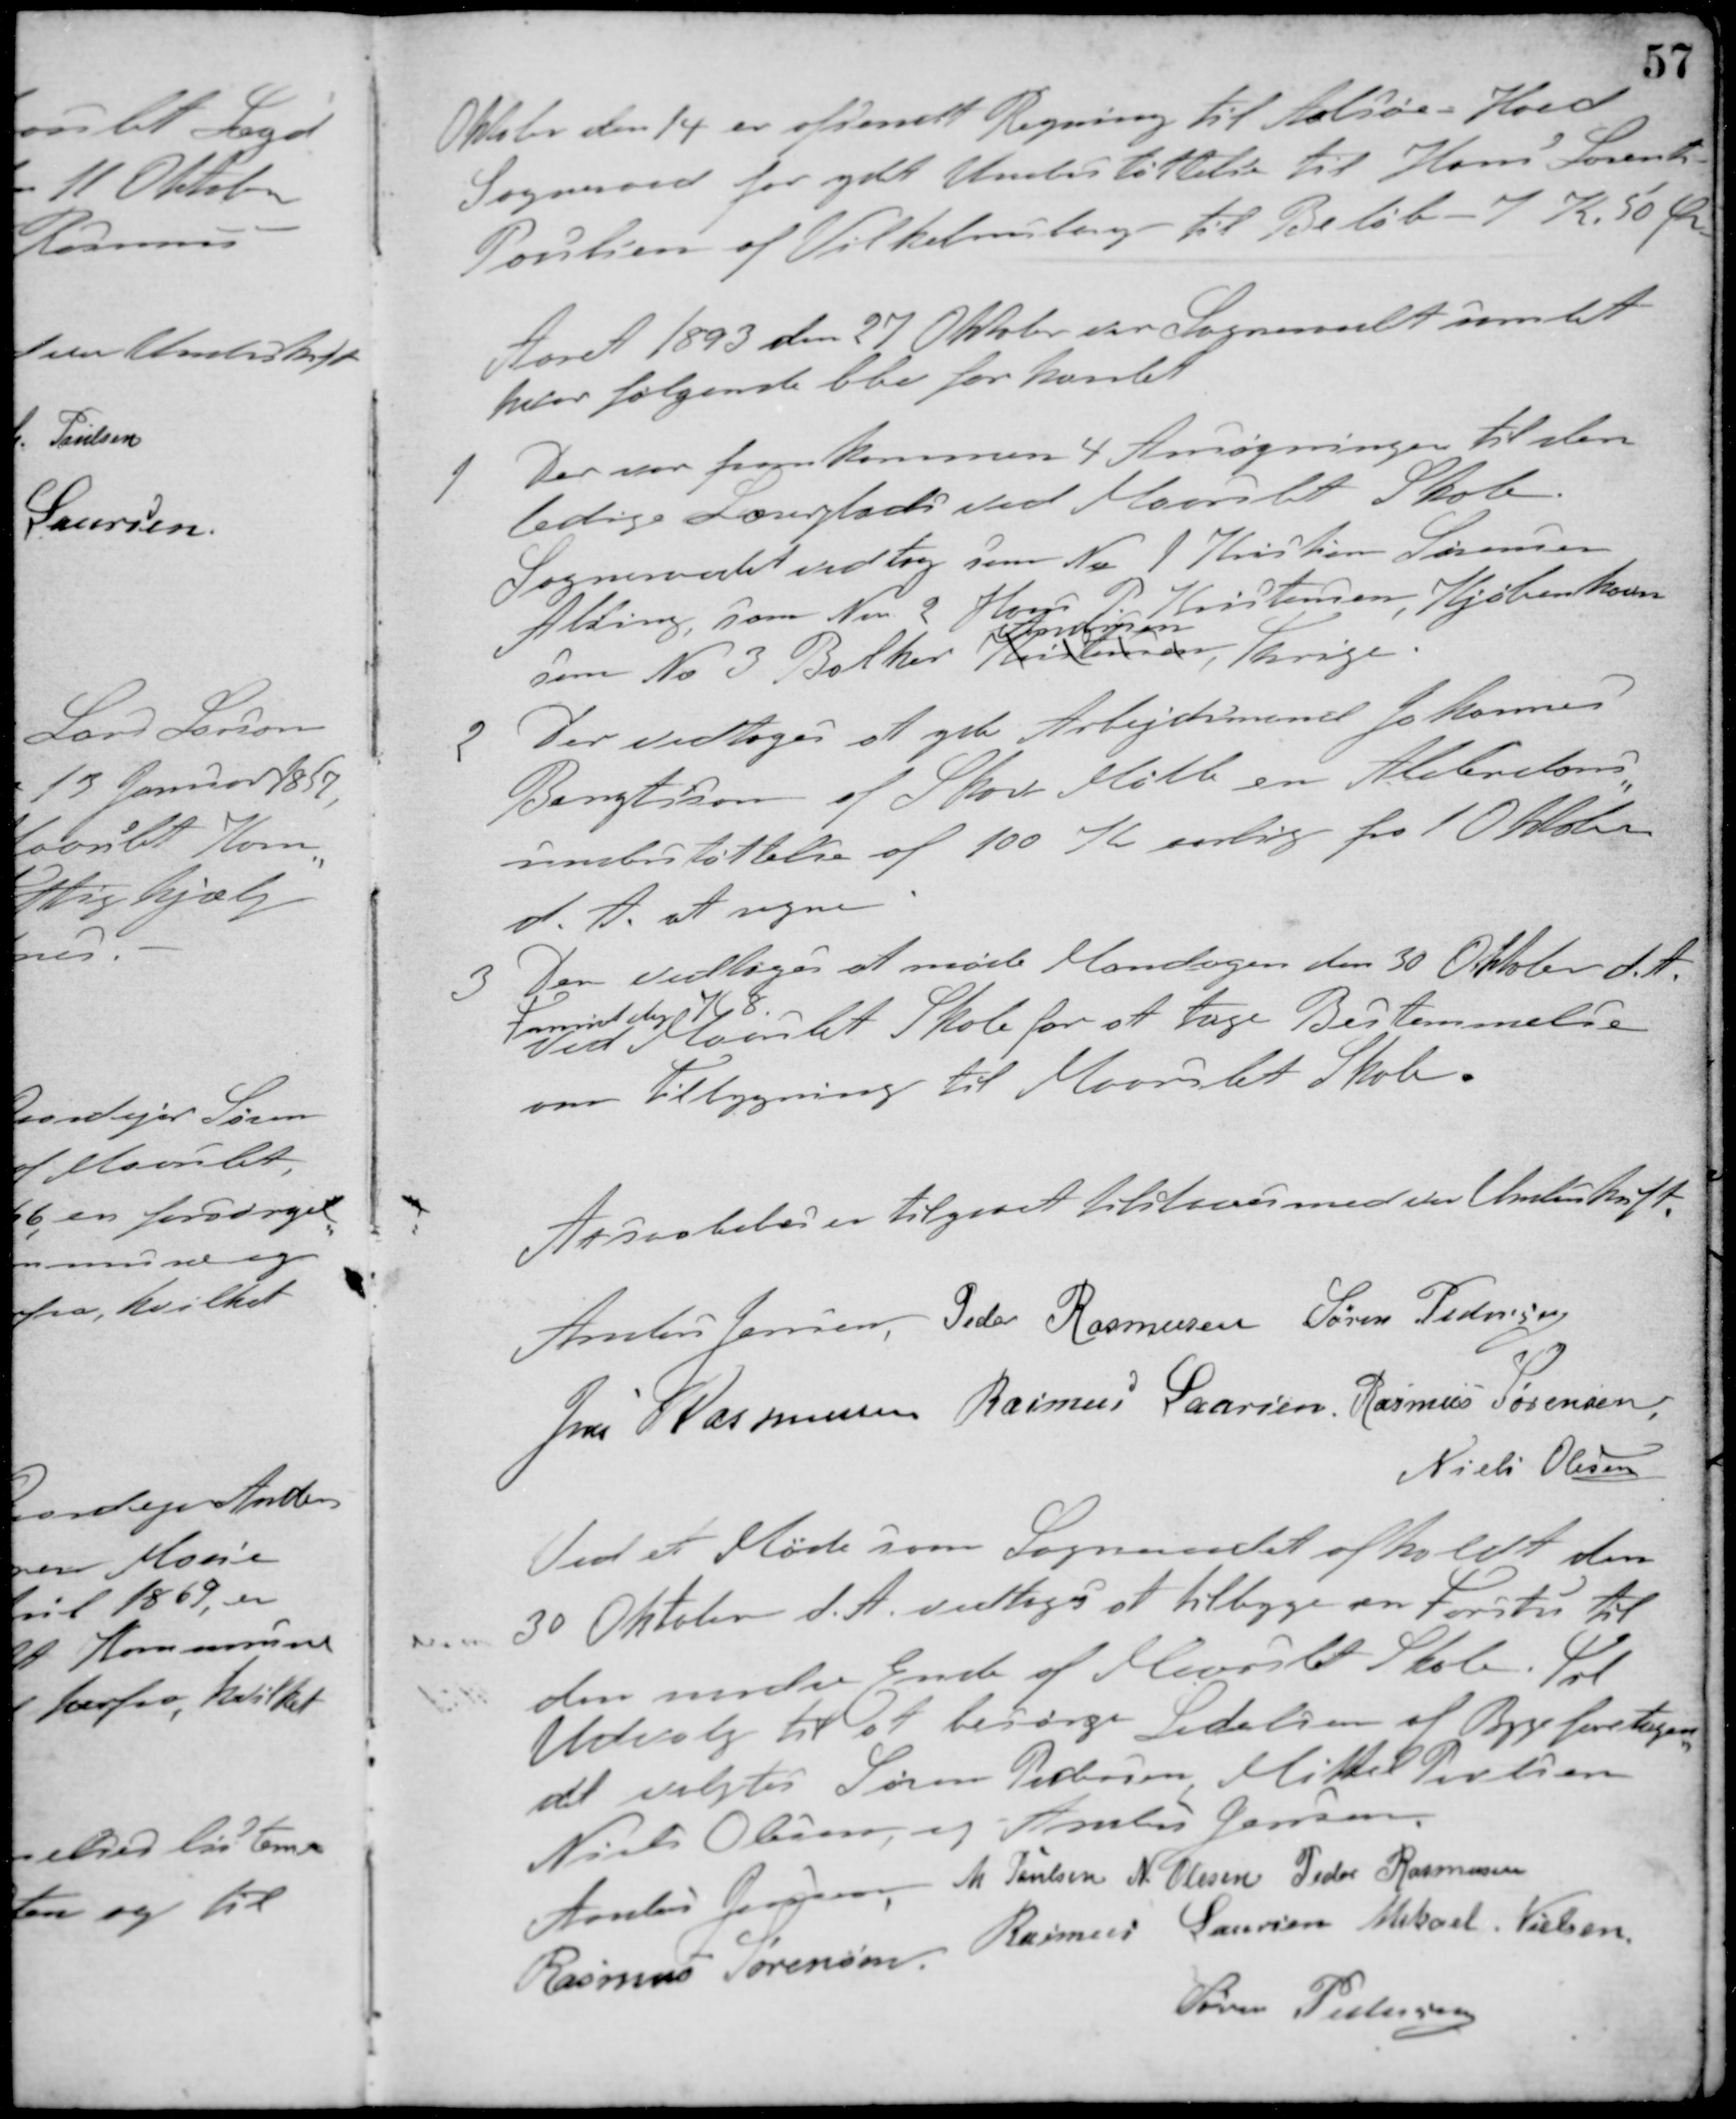
Transskription:
Oktober den 14 er afsendt Regning til Aalsøe - Hoed
Sogneraad for ydet Understøttelse til Hans Laurits
Poulsen af Vilhelmsborg til Beløb - 7 K 50 Ør
Aaret 1893 den 27 Oktober var Sogneraadet samlet
hvor følgende blev forhandet
1 Der var fremkommen 4 Ansøgninger til den
ledige Lærerplads ved Maarslet Skole.
Sogneraadet vedtog som No 1 Kristian Sørensen
Alding, som No 2 Hans P. Kristensen, Kjøbenhavn
som No 3 Bolher Kristensen
Andersen
, Thrige.
2 Der vedtoges at yde Arbejdsmand Johannes
Bengtson af Skov Mølle en Alderdoms-
understøttelse af 100 Kr. aarlig fra 1 Oktober
d. A. at regne.
3. Der vedtoges at møde Mandagen den 30 Oktober d. A.
Formiddag Kl. 8
ved Maarslet Skole for at tage Bestemmelse
om Tilbygning til Maarslet Skole.
At saaledes er tilgaaet tilstaaes med vor Underskrift.
Anders Jensen Peder Rasmussen Søren Pedersen
Jens Rasmussen Rasmus Laursen Rasmus Sørensen
Niels Olesen
Ved et Møde som Sogneraadet afholdt den
30 Oktober d. A. vedtoges at tilbygge en Forstue til
den nordre Ende af Maarslet Skole. Til
Udvalg til at besørge Ledelsen af Bygeforetagen-
det valgtes Søren Pedersen, Mikkel Poulsen
Niels Olesen og Anders Jensen
Anders Jensen M. Poulsen N. Olesen Peder Rasmussen
Rasmus Sørensen
Rasmus Laursen Mikael Nielsen
Søren Pedersen